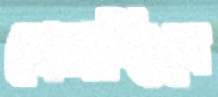
ঘোরাচ্ছিলে